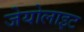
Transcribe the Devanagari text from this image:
जेयोलाइट